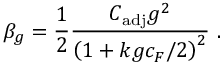
\beta _ { g } = \frac { 1 } { 2 } \frac { C _ { \mathrm { a d j } } g ^ { 2 } } { { \left( 1 + k g c _ { F } / 2 \right) } ^ { 2 } } \ .